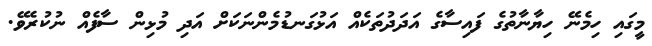
މީގައި ހިމެނޭ ހިޔާނާތުގެ ފައިސާގެ އަދަދުތަކެއް އަޅުގަނޑުމެންނަކަށް އަދި މުޅިން ސާފެއް ނުކުރެވޭ.